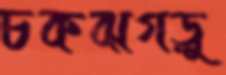
চকঝগড়ু